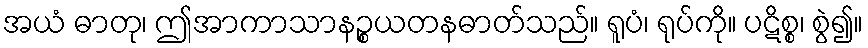
အယံ ဓာတု၊ ဤအာကာသာနဉ္စယတနဓာတ်သည်။ ရူပံ၊ ရုပ်ကို။ ပဋိစ္စ၊ စွဲ၍။